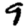
Digit: 9